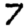
Digit: 7